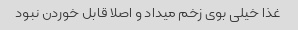
غذا خیلى بوى زخم میداد و اصلا قابل خوردن نبود